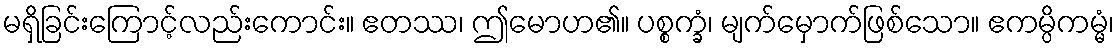
မရှိခြင်းကြောင့်လည်းကောင်း။ ဧတဿ၊ ဤမောဟ၏။ ပစ္စက္ခံ၊ မျက်မှောက်ဖြစ်သော။ ဧကမ္ပိကမ္မံ၊